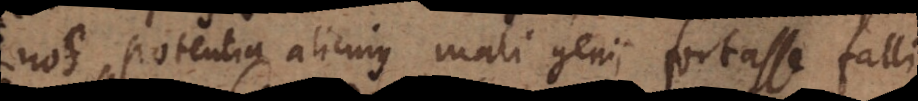
nos potentia alicujus mali genii fortasse falli